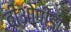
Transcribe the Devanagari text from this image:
बीओपीडी